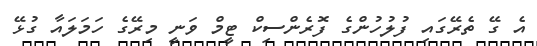
އެ ގޭ ތެރޭގައި ފުލުހުންގެ ފޮރެންސިކް ޓީމް ވަނީ މިރޭގެ ހަމަލައާ ގުޅޭ